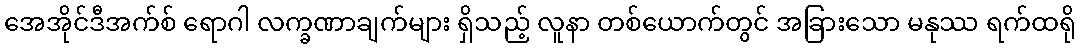
အေအိုင်ဒီအက်စ် ရောဂါ လက္ခဏာချက်များ ရှိသည့် လူနာ တစ်ယောက်တွင် အခြားသော မနုဿ ရက်ထရို